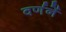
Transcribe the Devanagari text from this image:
वर्णनें